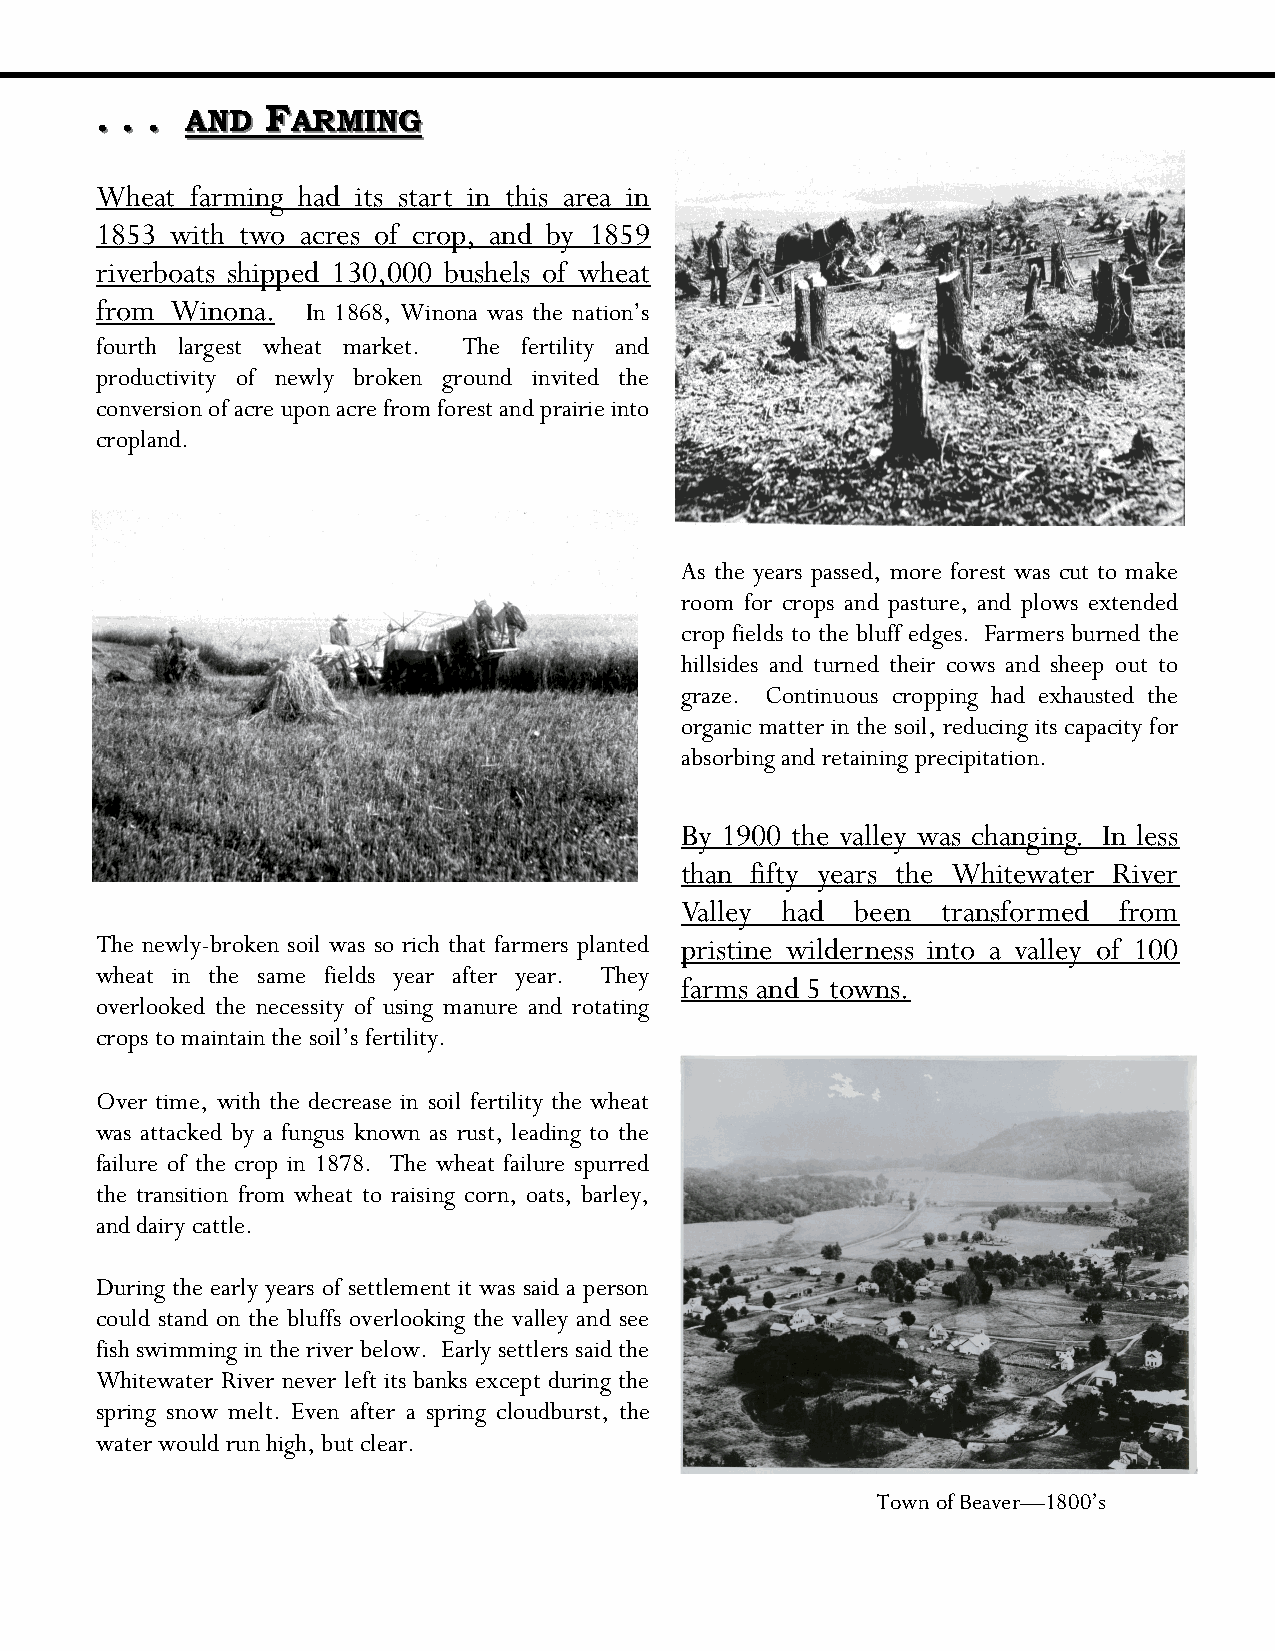
.. .. .. AANNDD FFAARRMMIINNGG
 Wheat  farming had its start in this area in
 1853 with two acres of crop, and by 1859
 riverboats shipped 130,000 bushels of wheat
 from Winona.  In 1868, Winona was the nation’s
 fourth largest wheat market. The fertility and
 productivity of newly broken ground invited the
 conversion of acre upon acre from forest and prairie into
 cropland.
 As the years passed, more forest was cut to make
 room for crops and pasture, and plows extended
 crop fields to the bluff edges. Farmers burned the
 hillsides and turned their cows and sheep out to
 graze. Continuous cropping had exhausted the
 organic matter in the soil, reducing its capacity for
 absorbing and retaining precipitation.
 By 1900 the valley was changing. In less
 than fifty years the Whitewater River
 Valley had  been transformed from
 The newly-broken soil was so rich that farmers planted pristine wilderness into a valley of 100
 wheat in the same fields year after year. They
 farms and 5 towns.
 overlooked the necessity of using manure and rotating
 crops to maintain the soil’s fertility.
 Over time, with the decrease in soil fertility the wheat
 was attacked by a fungus known as rust, leading to the
 failure of the crop in 1878. The wheat failure spurred
 the transition from wheat to raising corn, oats, barley,
 and dairy cattle.
 During the early years of settlement it was said a person
 could stand on the bluffs overlooking the valley and see
 fish swimming in the river below. Early settlers said the
 Whitewater River never left its banks except during the
 spring snow melt. Even after a spring cloudburst, the
 water would run high, but clear.
 Town of Beaver—1800’s